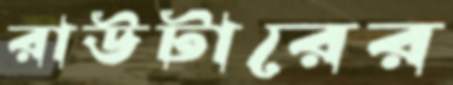
রাউটারের